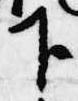
下